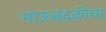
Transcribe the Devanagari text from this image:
भाऊबंदकीचा